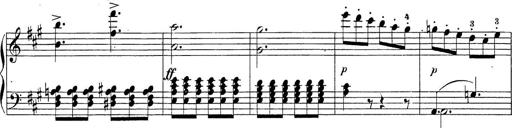
Title: Sonatina Album
Composer: Louis KÃ¶hler